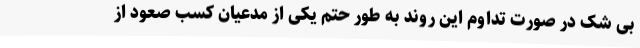
بی شک در صورت تداوم این روند به طور حتم یکی از مدعیان کسب صعود از